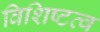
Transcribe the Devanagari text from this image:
विशिष्टत्व